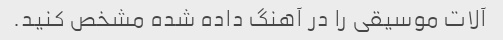
آلات موسیقی را در آهنگ داده شده مشخص کنید.